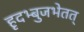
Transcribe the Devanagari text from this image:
हृदभ्बुजभेतत्